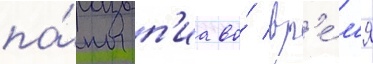
па́пы п'иа во́ вр'е́м'я